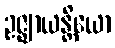
ဥဇ္ဈာယန္တိယော